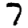
Digit: 7